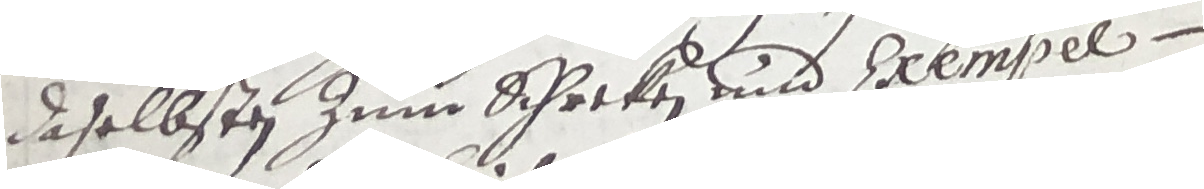
daselbsten zum Schreken und Exempel